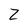
Character: Z